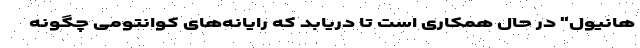
هانیول" در حال همکاری است تا دریابد که رایانه‌های کوانتومی چگونه